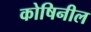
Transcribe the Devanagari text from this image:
कोषिनील